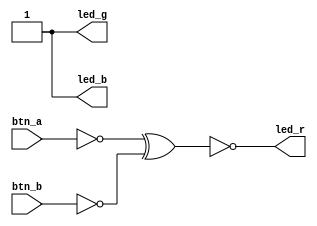
/* Electronicayciencia 17/03/2021
 *
 * Make some logic functions using the two push buttons:
 * BTN_A => IOB6B  (pin 15) (active low)
 * BTN_B => IOB3B  (pin 14) (active low)
 * LED_R => IOB10B (pin 18) (active low)
 * LED_G => IOB7A  (pin 16) (active low)
 * LED_B => IOB10A (pin 17) (active low)
 */

module gate (
    input btn_a, btn_b,
    output led_r, led_g, led_b
);

/*
    // Direct assignment for testing
    assign led_r = btn_b;
    assign led_g = btn_a;
    assign led_b = 1; // off
*/


    // Login gate (red led light when q is true)
    assign a = ~btn_a;
    assign b = ~btn_b;

    assign q = a ^ b;

    assign led_r = ~q;
    assign led_g = 1;
    assign led_b = 1; // off




endmodule